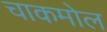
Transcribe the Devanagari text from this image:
चाकमोल